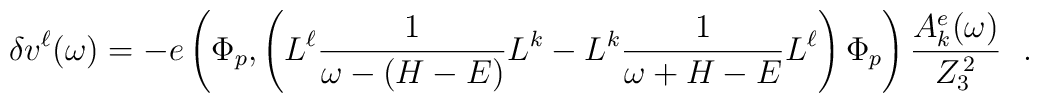
\delta v^\ell (\omega)= -e \left( \Phi_p, \left( L^\ell {1\over \omega-(H-E)} L^k- L^k {1\over \omega+H-E} L^\ell \right)\Phi_p \right) {A_k^e (\omega) \over Z_3^{\,2}} ~~.